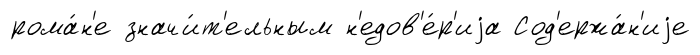
рома́н'е значи́т'ельным н'едов'е́р'иjа Сод'ержа́н'иjе